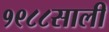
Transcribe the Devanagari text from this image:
१९८८साली